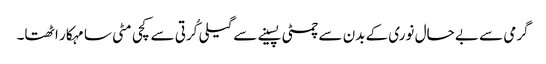
گرمی سے بے حال نوری کے بدن سے چمٹی پسینے سے گیلی کُرتی سے کچی مٹی سا مہکار اٹھتا۔